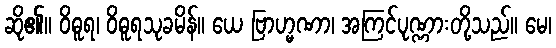
ဆို၏။ ဝိဓူရ၊ ဝိဓူရသုခမိန်။ ယေ ဗြာဟ္မဏာ၊ အကြင်ပုဏ္ဏားတို့သည်။ မေ၊